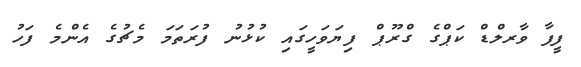
ފީފާ ވާރލްޑް ކަޕްގެ ގްރޫޕް ފިޔަވަހީގައި ކުޅުނު ފުރަތަމަ މެޗުގެ އެންމެ ފަހު